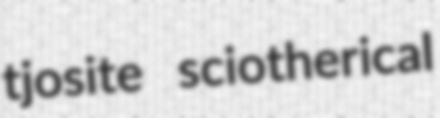
tjosite sciotherical